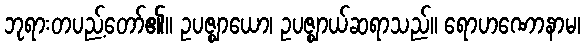
ဘုရားတပည့်တော်၏။ ဥပဇ္ဈာယော၊ ဥပဇ္ဈာယ်ဆရာသည်။ ရောဟဏောနာမ၊